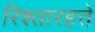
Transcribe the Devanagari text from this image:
रिश्तारहते